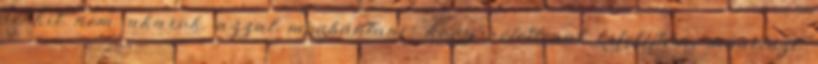
senkit nem akarok azzal megbántani, hogy véletlenül kifelejtem, másrészt